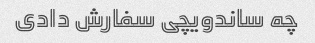
چه ساندویچی سفارش دادی